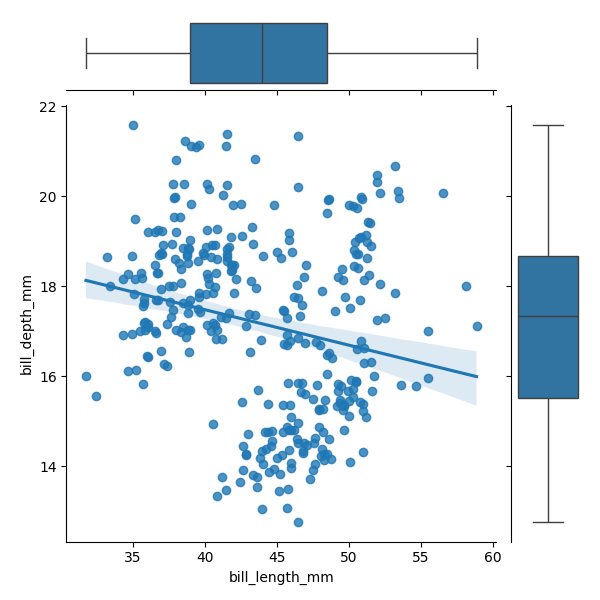
python, seaborn, JointGrid, regplot, boxplot